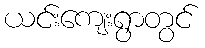
ယင်းကျေးရွာတွင်